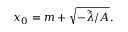
x _ { 0 } = m + \sqrt { - \tilde { \lambda } / A } .